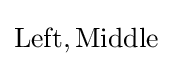
{\text{Left}},{\text{Middle}}